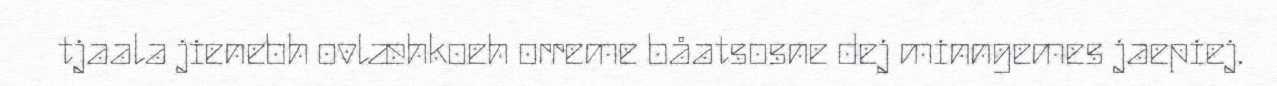
tjaala jienebh ovlæhkoeh orreme båatsosne dej minngemes jaepiej.